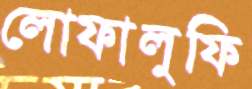
লোফালুফি